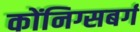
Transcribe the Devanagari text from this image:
कोंनिग्सबर्ग